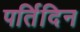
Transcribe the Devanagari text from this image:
पर्तिदिन